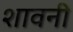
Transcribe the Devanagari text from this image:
शावनी